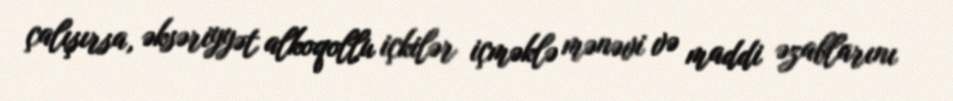
çalışırsa, əksəriyyət alkoqollu içkilər içməklə mənəvi və maddi əzablarını